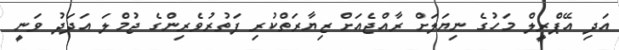
އަދި އޭޕްރީލް މަހުގެ ނިޔަލަށް ރާއްޖެއަށް ޒިޔާރަތްކުރި ފަތުރުވެރިންގެ ޖުމްލަ އަދަދު ވަނީ